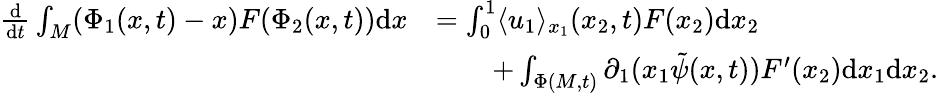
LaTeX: \begin{array}{rl}{\frac{\mathrm{d}}{\mathrm{d}t}\int_{M}(\Phi_{1}(x,t)-x)F(\Phi_{2}(x,t))\mathrm{d}x}&{=\int_{0}^{1}\langle u_{1}\rangle_{x_{1}}(x_{2},t)F(x_{2})\mathrm{d}x_{2}}\\ &{\qquad+\int_{\Phi(M,t)}\partial_{1}(x_{1}\tilde{\psi}(x,t))F^{\prime}(x_{2})\mathrm{d}x_{1}\mathrm{d}x_{2}.}\end{array}